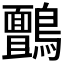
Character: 𮭙